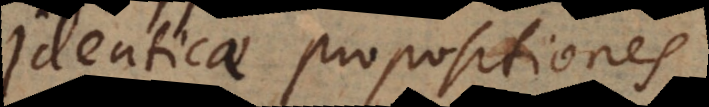
identicae propositiones